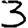
Digit: 3